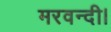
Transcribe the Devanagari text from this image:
मरवन्दी।